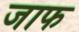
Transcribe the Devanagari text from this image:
जाफ